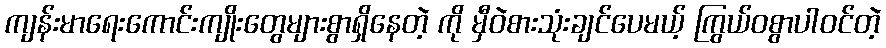
ကျန်းမာရေးကောင်းကျိုးတွေများစွာရှိနေတဲ့ ကို မှီဝဲစားသုံးချင်ပေမယ့် ကြွယ်ဝစွာပါဝင်တဲ့